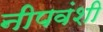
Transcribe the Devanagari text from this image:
नीपवंशी